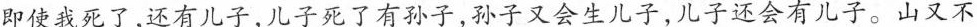
即使我死了，还有儿子，儿子死了有孙子，孙子又会生儿子，儿子还会有儿子。山又不